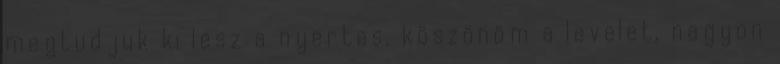
megtudjuk ki lesz a nyertes. köszönöm a levelet, nagyon